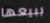
ببيعها